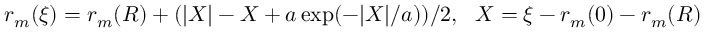
r _ { m } ( \xi ) = r _ { m } ( R ) + ( | X | - X + a \exp ( - | X | / a ) ) / 2 , \ \ X = \xi - r _ { m } ( 0 ) - r _ { m } ( R )